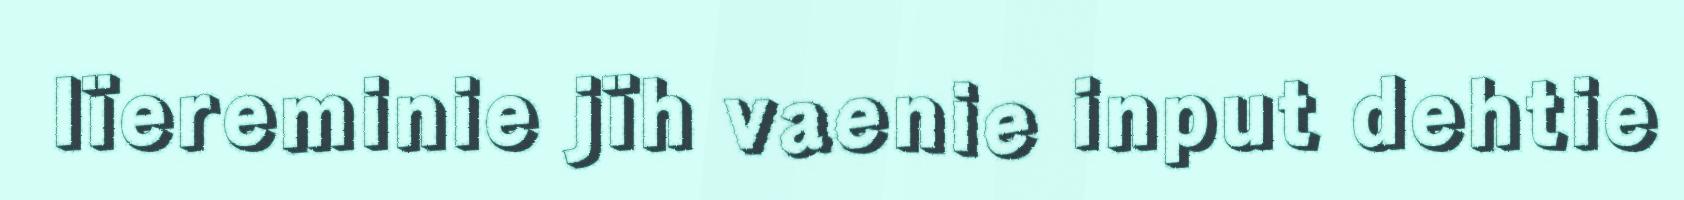
lïereminie jïh vaenie input dehtie